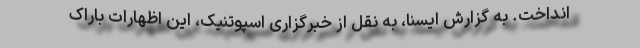
انداخت. به گزارش ایسنا، به نقل از خبرگزاری اسپوتنیک، این اظهارات باراک